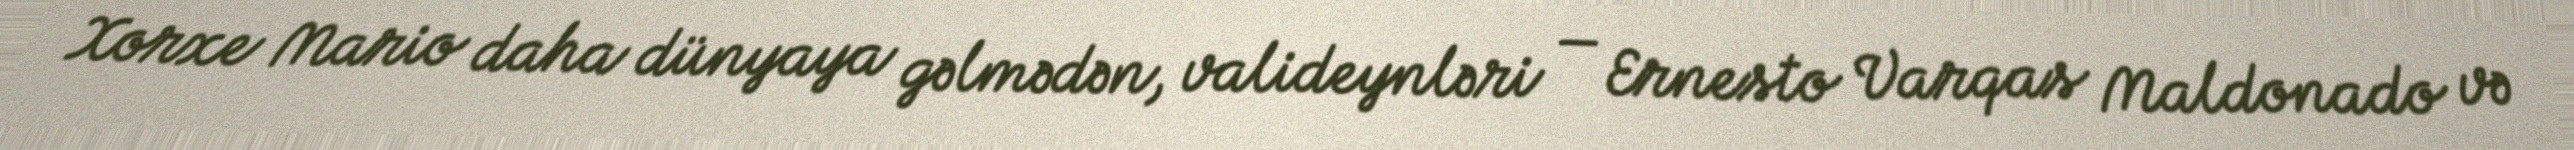
Xorxe Mario daha dünyaya gəlmədən, valideynləri — Ernesto Varqas Maldonado və